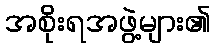
အစိုးရအဖွဲ့များ၏